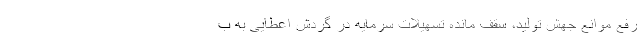
رفع موانع جهش تولید، سقف مانده تسهیلات سرمایه در گردش اعطایی به ب